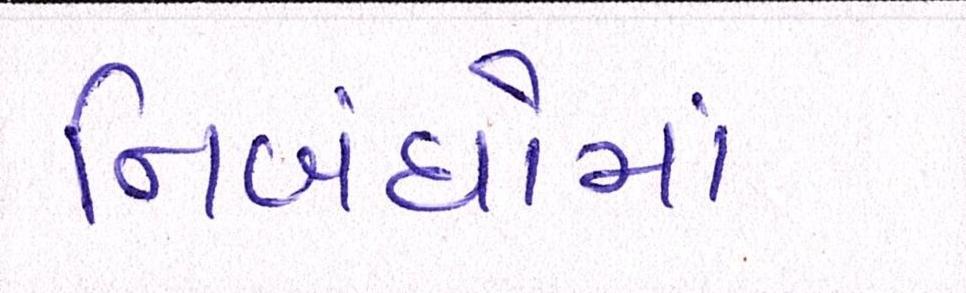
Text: નિબંધોમાં